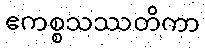
ဧကစ္စသဿတိကာ